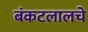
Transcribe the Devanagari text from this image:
बंकटलालचे